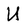
Character: U